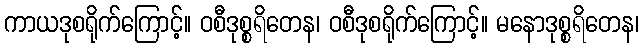
ကာယဒုစရိုက်ကြောင့်။ ဝစီဒုစ္စရိတေန၊ ဝစီဒုစရိုက်ကြောင့်။ မနောဒုစ္စရိတေန၊